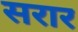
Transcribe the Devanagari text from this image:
सरार